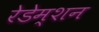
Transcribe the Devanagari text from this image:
रेडेम्शन